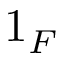
1 _ { F }